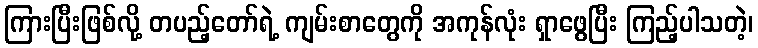
ကြားပြီးဖြစ်လို့ တပည့်တော်ရဲ့ ကျမ်းစာတွေကို အကုန်လုံး ရှာဖွေပြီး ကြည့်ပါသတဲ့၊